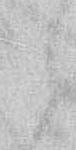
候